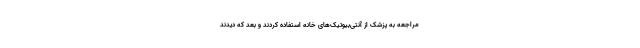
مراجعه به پزشک از آنتی‌بیوتیک‌های خانه استفاده کردند و بعد که دیدند